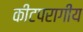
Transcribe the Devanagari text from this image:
कीटपरागीय